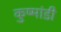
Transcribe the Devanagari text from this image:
कुष्मांडी